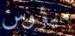
ميؤوس